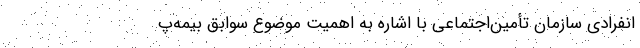
انفرادی سازمان تأمین‌اجتماعی با اشاره به اهمیت موضوع سوابق بیمه‌پ